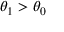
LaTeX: \theta _ { 1 } > \theta _ { 0 }